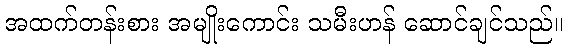
အထက်တန်းစား အမျိုးကောင်း သမီးဟန် ဆောင်ချင်သည်။